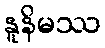
နူနိမဿ